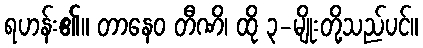
ရဟန်း၏။ တာနေဝ တီဏိ၊ ထို ၃-မျိုးတို့သည်ပင်။